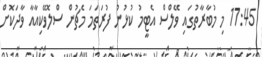
17:45 މި މުބާރާތުގައި ވޭލްސް އެޓީމު ކުޅުނު ފުރަތަމަ މެޗުން ސްލޮވޭކިއާއާ ވާދަކޮށް